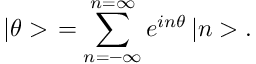
\left| \theta > \right. = \sum _ { n = - \infty } ^ { n = \infty } e ^ { i n \theta } \left| n > \right. .